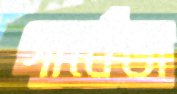
গার্বেজ